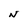
Character: N